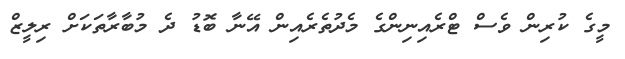
މީގެ ކުރިން ވެސް ޓްރެއިނިންގެ މެދުތެރެއިން އޭނާ ބޮޑު ދެ މުބާރާތަކަށް ރިލީޒް